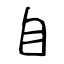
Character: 自